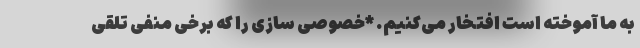
به ما آموخته است افتخار می‌کنیم. *خصوصی سازی را که برخی منفی تلقی